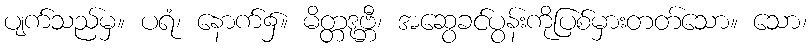
ပျက်သည်မှ။ ပရံ၊ နောက်၌။ မိတ္တဒုဗ္ဘီ၊ အဆွေခင်ပွန်းကိုပြစ်မှားတတ်သော။ သော၊